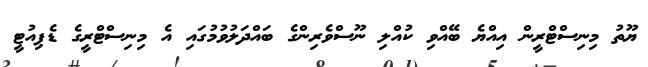
ޔޫތު މިނިސްޓްރީން އިއްޔެ ބޭއްވި ކުއްލި ނޫސްވެރިންގެ ބައްދަލުވުމުގައި އެ މިނިސްޓްރީގެ ޑެޕިއުޓީ